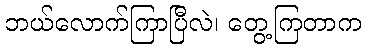
ဘယ်လောက်ကြာပြီလဲ၊ တွေ့ကြတာက